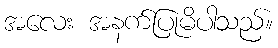
အလေး အနက်ပြုမိပါသည်။